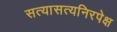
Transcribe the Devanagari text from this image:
सत्यासत्यनिरपेक्ष